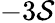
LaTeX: -3\mathcal{S}